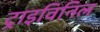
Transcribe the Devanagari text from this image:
ट्राइविनिल